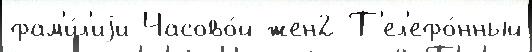
фам'и́л'иjи Часово́й жен2 Т'ел'ефо́нный